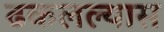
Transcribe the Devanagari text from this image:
ढकलल्यास